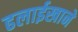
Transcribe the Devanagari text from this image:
ढलाईखाने